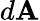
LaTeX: d\textbf{A}